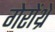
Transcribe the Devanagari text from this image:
गेरोंथ्रे